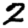
Digit: 2